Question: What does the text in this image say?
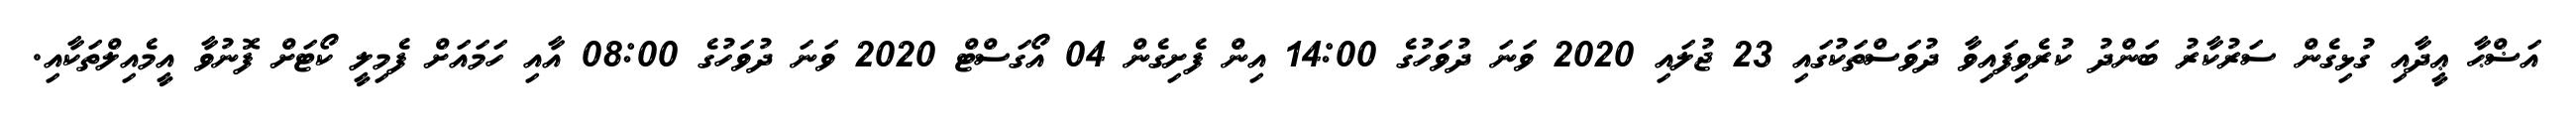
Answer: އަޟްޙާ ޢީދާއި ގުޅިގެން ސަރުކާރު ބަންދު ކުރެވިފައިވާ ދުވަސްތަކުގައި 23 ޖުލައި 2020 ވަނަ ދުވަހުގެ 14:00 އިން ފެށިގެން 04 އޯގަސްޓް 2020 ވަނަ ދުވަހުގެ 08:00 އާއި ހަމައަށް ފެމިލީ ކޯޓަށް ފޮނުވާ އީމެއިލްތަކާއި.